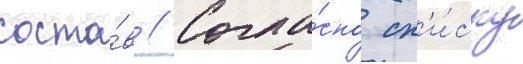
соста́в // Согла́сно сп'и́ску